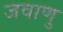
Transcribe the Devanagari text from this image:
जवाणु